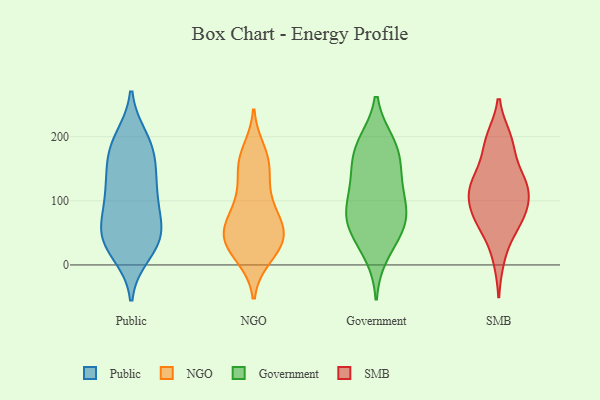
{"axis": {"x": "Latency (ms)", "y": "Value"}, "legend": ["Government", "NGO", "Public", "SMB"], "data": [{"x": "", "y": 113, "type": "Public"}, {"x": "", "y": 120, "type": "Public"}, {"x": "", "y": 171, "type": "Public"}, {"x": "", "y": 77, "type": "Public"}, {"x": "", "y": 196, "type": "Public"}, {"x": "", "y": 88, "type": "Public"}, {"x": "", "y": 43, "type": "Public"}, {"x": "", "y": 184, "type": "Public"}, {"x": "", "y": 124, "type": "Public"}, {"x": "", "y": 54, "type": "Public"}, {"x": "", "y": 149, "type": "Public"}, {"x": "", "y": 19, "type": "Public"}, {"x": "", "y": 39, "type": "Public"}, {"x": "", "y": 42, "type": "Public"}, {"x": "", "y": 36, "type": "Public"}, {"x": "", "y": 186, "type": "Public"}, {"x": "", "y": 176, "type": "NGO"}, {"x": "", "y": 84, "type": "NGO"}, {"x": "", "y": 114, "type": "NGO"}, {"x": "", "y": 38, "type": "NGO"}, {"x": "", "y": 157, "type": "NGO"}, {"x": "", "y": 95, "type": "NGO"}, {"x": "", "y": 46, "type": "NGO"}, {"x": "", "y": 40, "type": "NGO"}, {"x": "", "y": 16, "type": "NGO"}, {"x": "", "y": 50, "type": "NGO"}, {"x": "", "y": 71, "type": "NGO"}, {"x": "", "y": 14, "type": "NGO"}, {"x": "", "y": 154, "type": "NGO"}, {"x": "", "y": 49, "type": "NGO"}, {"x": "", "y": 159, "type": "NGO"}, {"x": "", "y": 42, "type": "NGO"}, {"x": "", "y": 144, "type": "Government"}, {"x": "", "y": 187, "type": "Government"}, {"x": "", "y": 180, "type": "Government"}, {"x": "", "y": 149, "type": "Government"}, {"x": "", "y": 69, "type": "Government"}, {"x": "", "y": 55, "type": "Government"}, {"x": "", "y": 51, "type": "Government"}, {"x": "", "y": 75, "type": "Government"}, {"x": "", "y": 94, "type": "Government"}, {"x": "", "y": 190, "type": "Government"}, {"x": "", "y": 121, "type": "Government"}, {"x": "", "y": 92, "type": "Government"}, {"x": "", "y": 18, "type": "Government"}, {"x": "", "y": 187, "type": "SMB"}, {"x": "", "y": 127, "type": "SMB"}, {"x": "", "y": 105, "type": "SMB"}, {"x": "", "y": 69, "type": "SMB"}, {"x": "", "y": 104, "type": "SMB"}, {"x": "", "y": 68, "type": "SMB"}, {"x": "", "y": 139, "type": "SMB"}, {"x": "", "y": 74, "type": "SMB"}, {"x": "", "y": 137, "type": "SMB"}, {"x": "", "y": 119, "type": "SMB"}, {"x": "", "y": 12, "type": "SMB"}, {"x": "", "y": 112, "type": "SMB"}, {"x": "", "y": 196, "type": "SMB"}, {"x": "", "y": 64, "type": "SMB"}, {"x": "", "y": 193, "type": "SMB"}]}